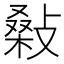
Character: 𢾪